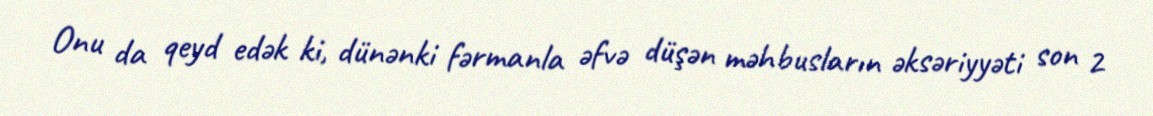
Onu da qeyd edək ki, dünənki fərmanla əfvə düşən məhbusların əksəriyyəti son 2